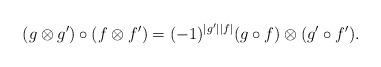
LaTeX: \begin{align*} (g\otimes g')\circ (f\otimes f') = (-1)^{|g'||f|}(g\circ f)\otimes (g'\circ f'). \end{align*}